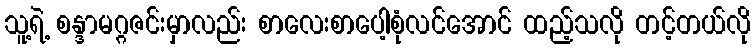
သူ့ရဲ့ စန္ဒာမဂ္ဂဇင်းမှာလည်း စာလေးစာပေါ့စုံလင်အောင် ထည့်သလို တင့်တယ်လို